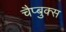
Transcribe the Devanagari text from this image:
चैप्बुक्स